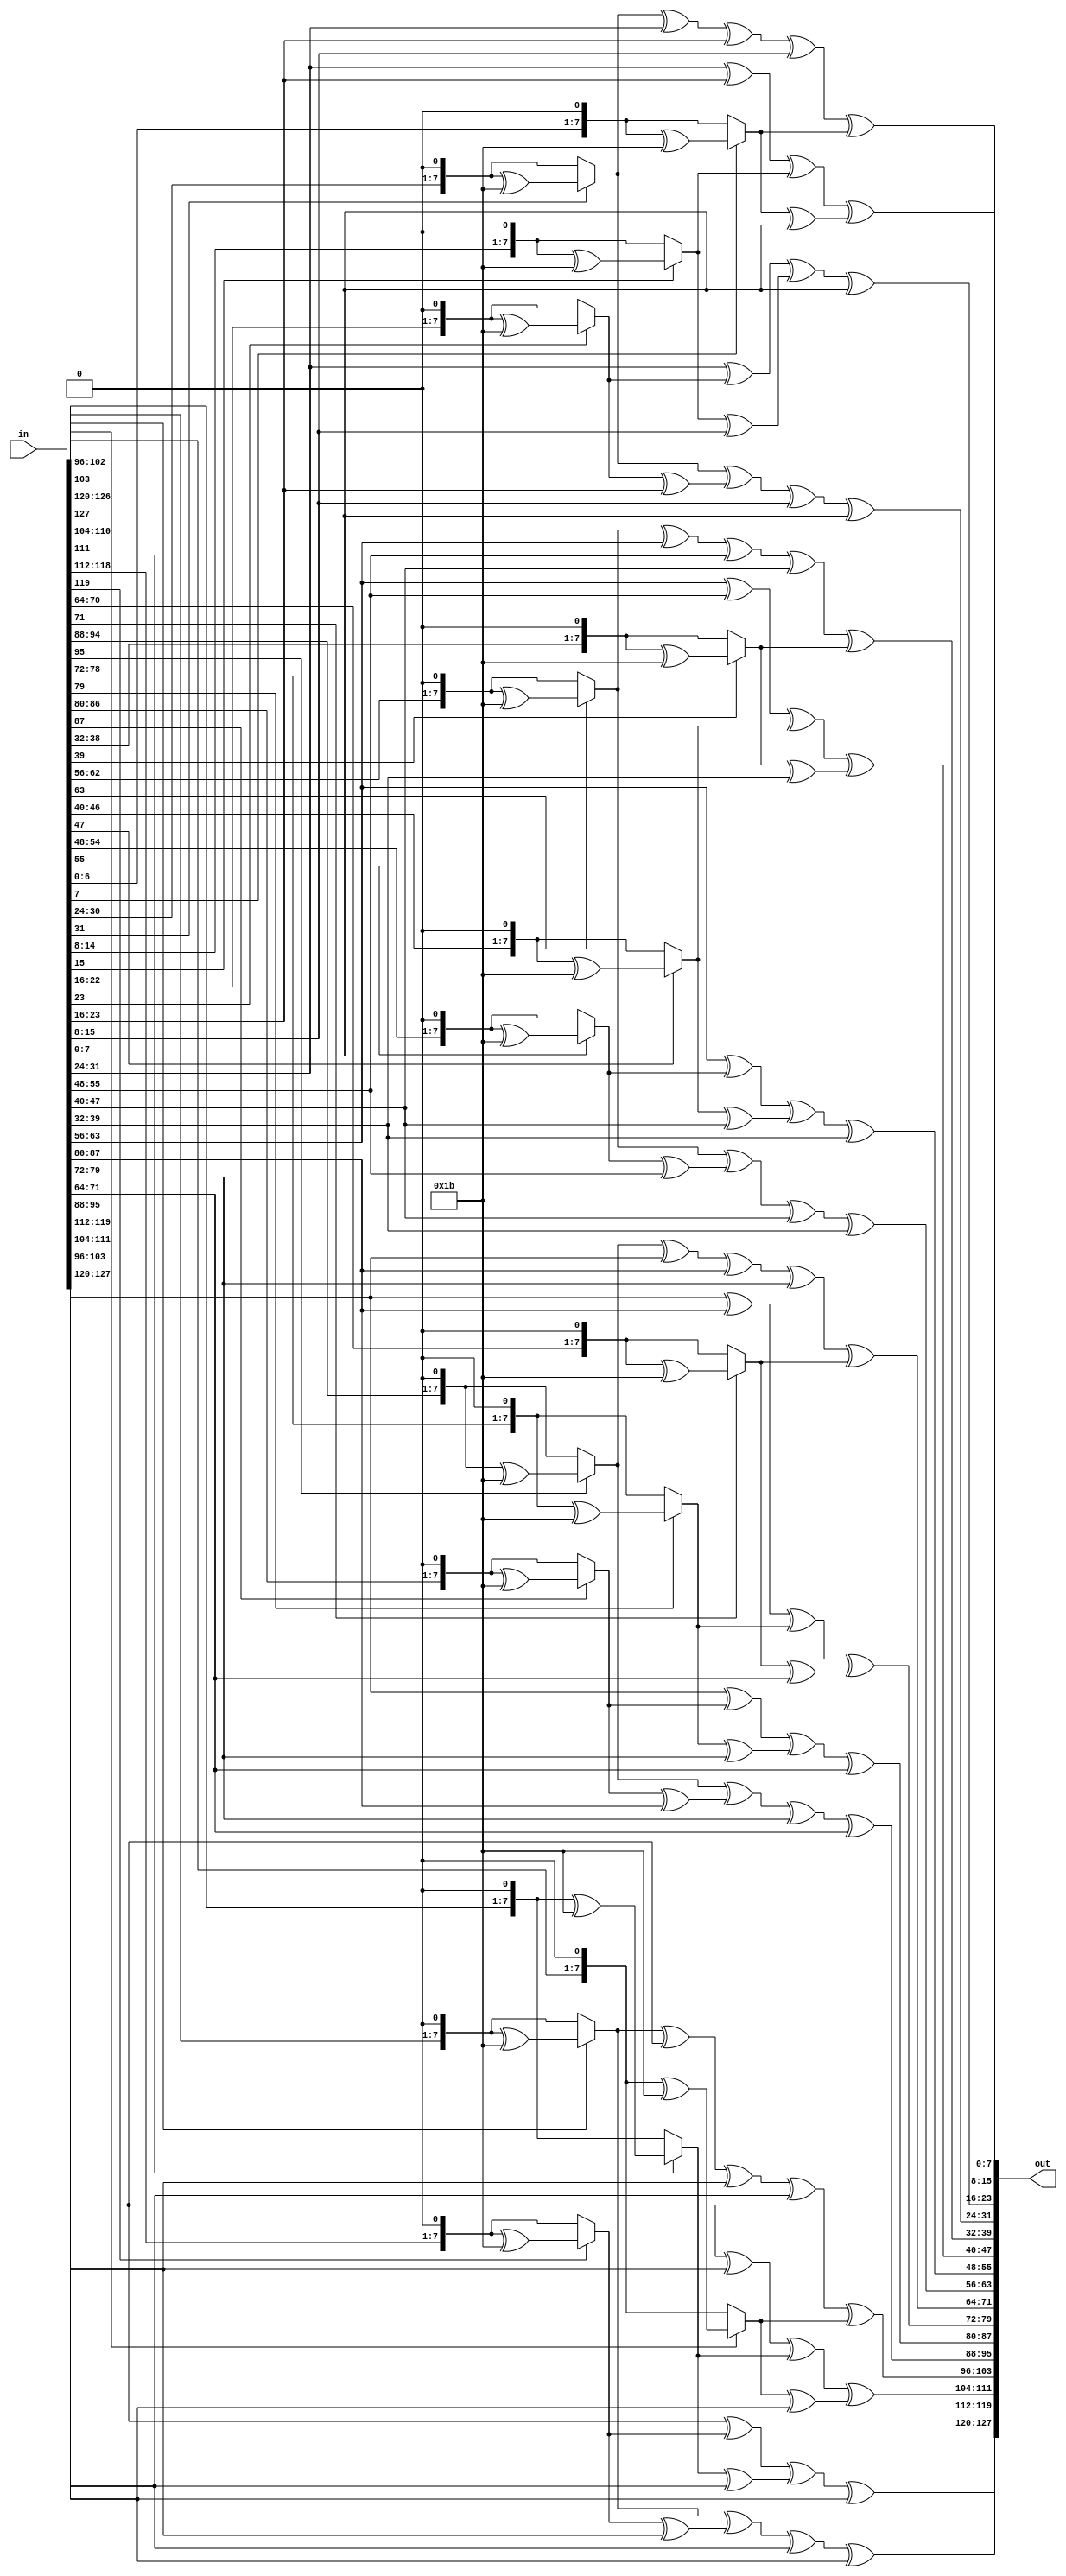
module MixColumn (
  input [127:0] in,
  output [127:0] out
);

  function [7:0] MultiplyByTwo;
    input [7:0] x;
    begin
      if (x[7] == 1)//as according to the condition of the project
        MultiplyByTwo = ((x << 1) ^ 8'h1b);
      else
        MultiplyByTwo = x << 1; 
    end
  endfunction

  function [7:0] MultiplyByThree;
    input [7:0] x;
    begin//(x+1)
      MultiplyByThree = (MultiplyByTwo(x) ^ x);
    end
  endfunction

  genvar i;
  generate
    for (i = 0; i < 4; i = i + 1) begin : colmixing
   assign out[(i*32 + 24)+:8]= MultiplyByTwo(in[(i*32 + 24)+:8]) ^ MultiplyByThree(in[(i*32 + 16)+:8]) ^ in[(i*32 + 8)+:8] ^ in[i*32+:8];
	assign out[(i*32 + 16)+:8]= in[(i*32 + 24)+:8] ^ MultiplyByTwo(in[(i*32 + 16)+:8]) ^ MultiplyByThree(in[(i*32 + 8)+:8]) ^ in[i*32+:8];
	assign out[(i*32 + 8)+:8]= in[(i*32 + 24)+:8] ^ in[(i*32 + 16)+:8] ^ MultiplyByTwo(in[(i*32 + 8)+:8]) ^ MultiplyByThree(in[i*32+:8]);
   assign out[i*32+:8]= MultiplyByThree(in[(i*32 + 24)+:8]) ^ in[(i*32 + 16)+:8] ^ in[(i*32 + 8)+:8] ^ MultiplyByTwo(in[i*32+:8]);

    end
  endgenerate

endmodule